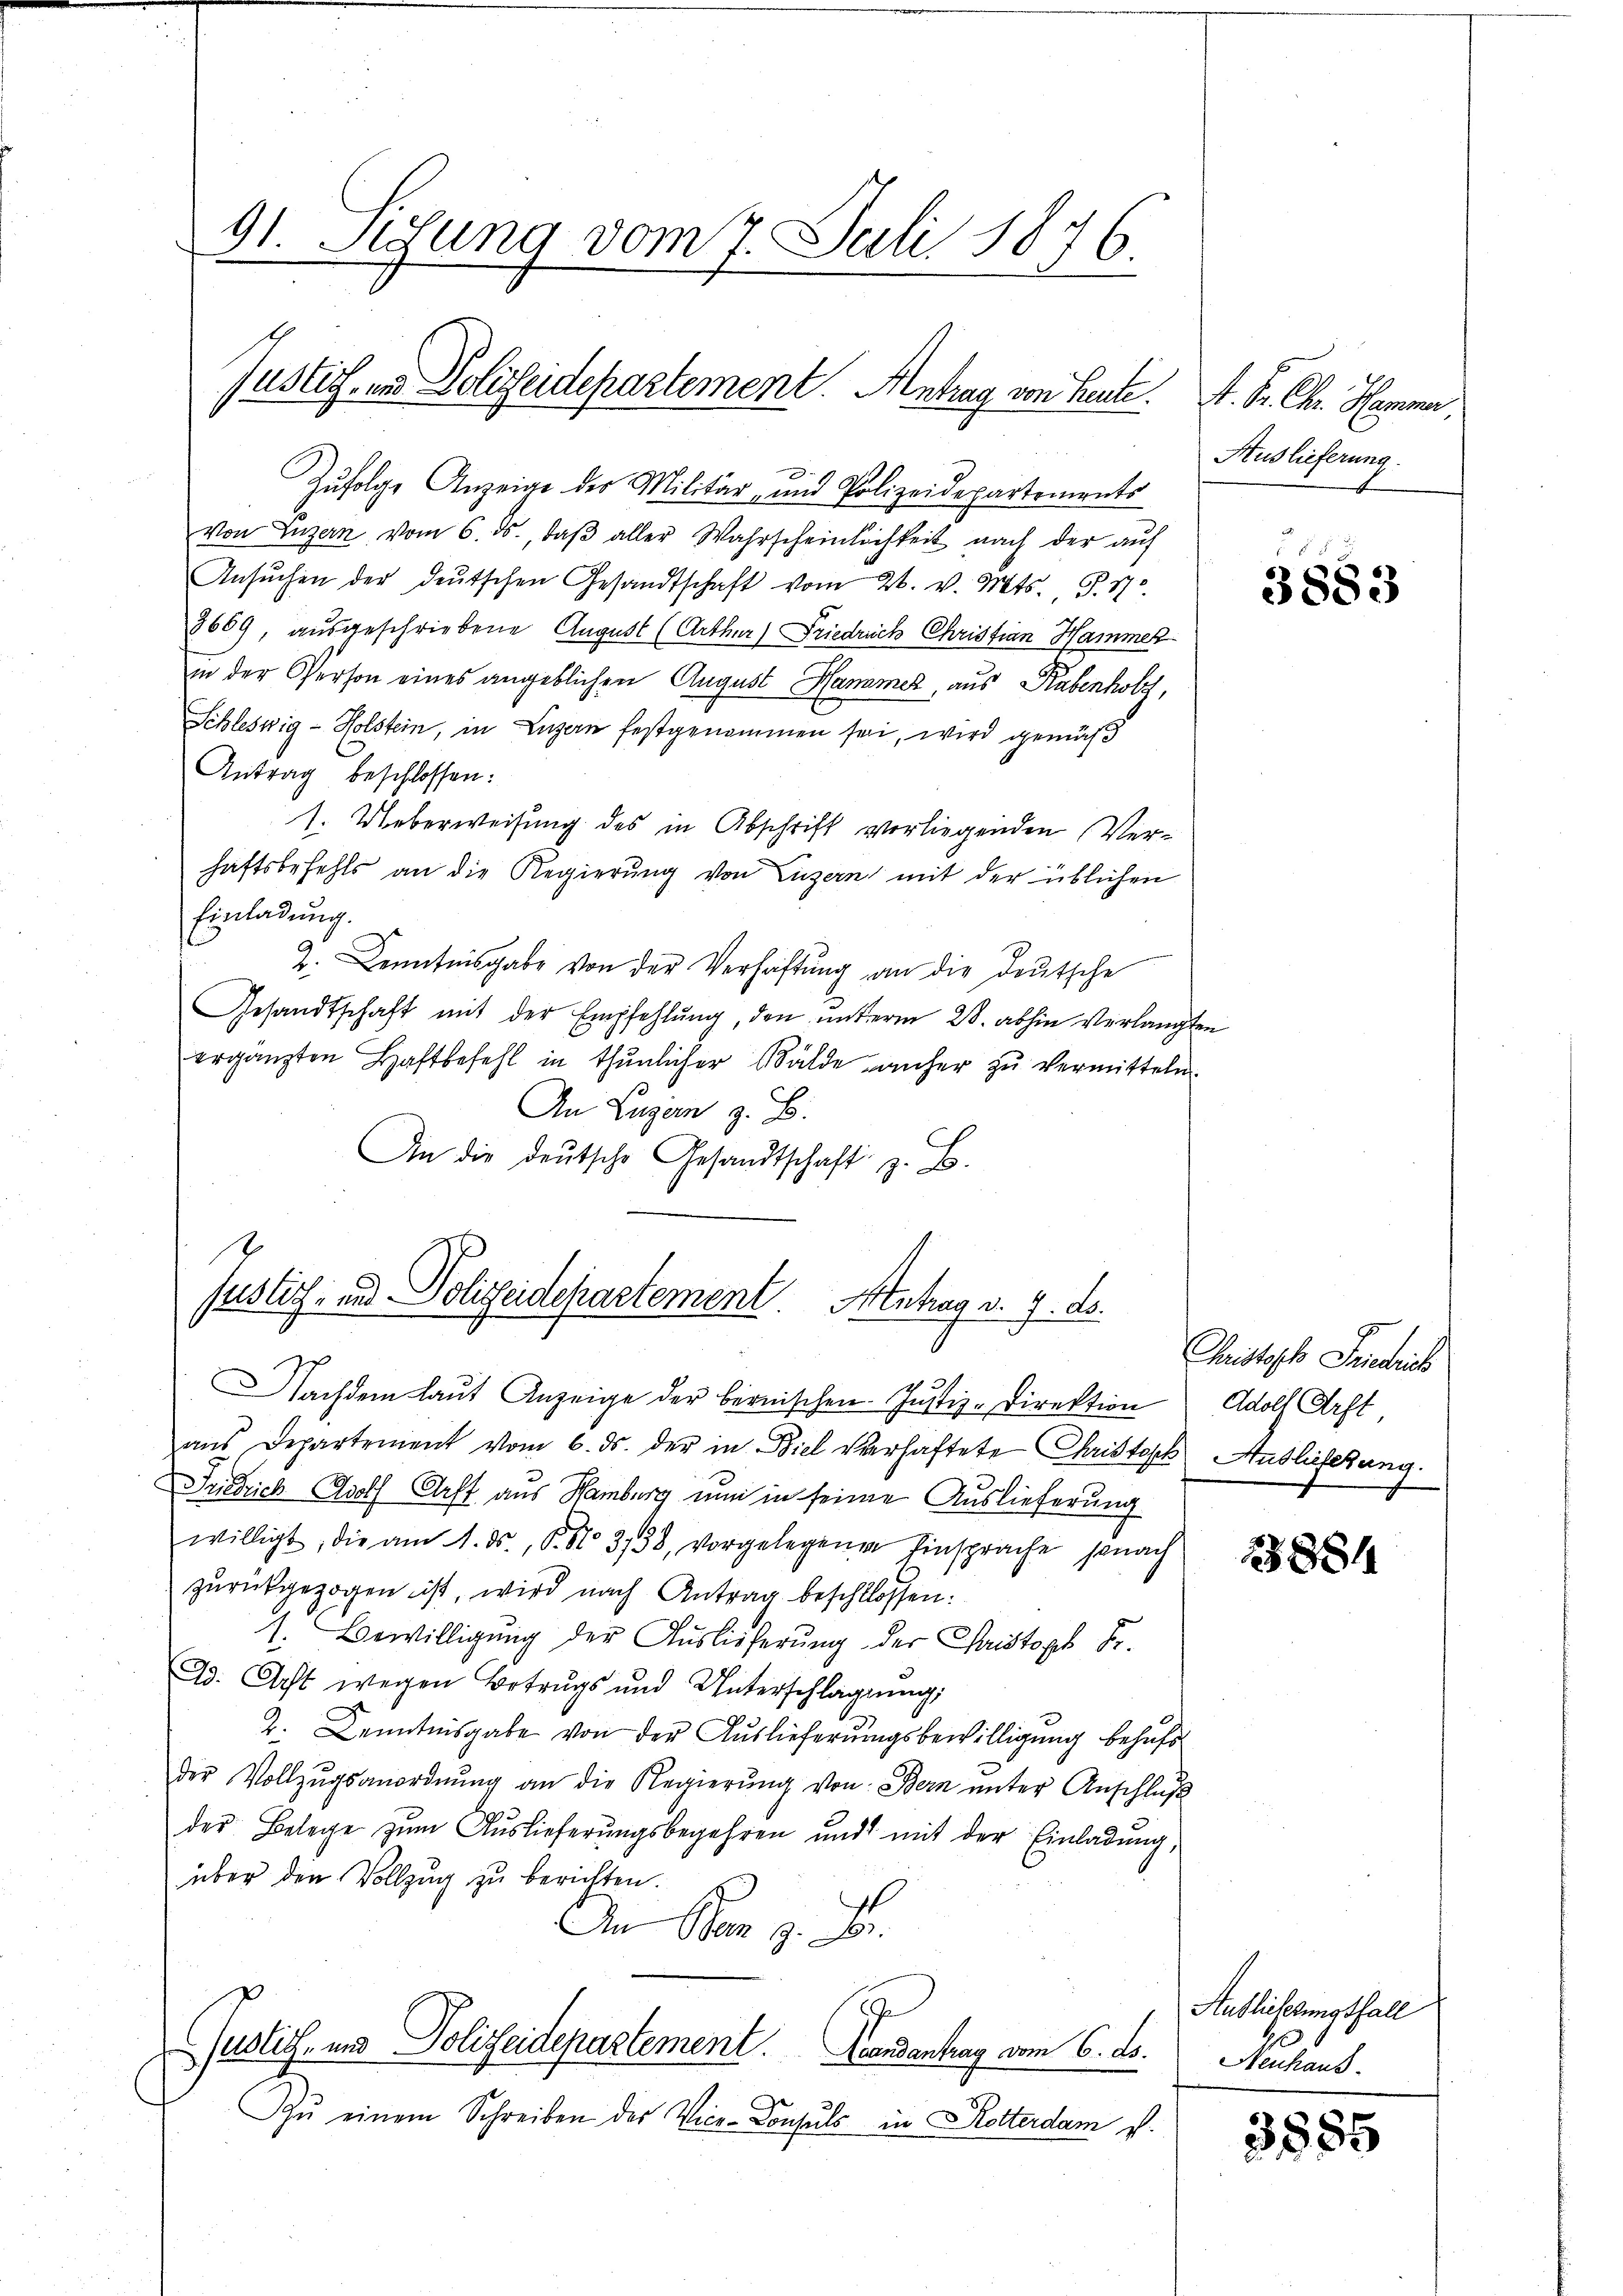
91. Sedung vom 7. Juli 1876.

Justiz- und Polizeidepartement. Antrag von Heute.

Zufolge Anzeige der Militär- und Polizeidepartements
von Luzern vom 6. ds., daβ aller Wahrscheinlichkeit nach der auf
Ansŭchen der deŭtschen Gesandtschaft vom 26. v. Mts. S. 17.
3669, ausgeschriebene August (Arthur) Friedrich Christian Hammer
in der Person eines angeblichen August Hammer, aus Rabenholz,
Schleswig-Holstein, in Luzern festgenommen sei, wird gemäß
Antrag beschlossen:
1. Ueberweisung des in Abschrift vorliegenden Verhaftsbefehls an die Regierŭng von Luzern mit der üblichen
Einladung.
2. Denntnisgabe von der Verhaftung an die deutsche
Gesandtschaft mit der Empfehlŭng, den ŭnterm 28. abhin verlangten
ergänzten Haftbefehl in thunlicher Bälde anher zu vermitteln.
An Luzern z. B.
An die deutsche Gesandtschaft z. B.

Justich- und Polizeidepartement. Antrag v. 9. ds.

Nachdem laŭt Anzeige der bernischen Jŭstiz-Direktion Adolf Arft
ans Departement vom 6. ds. der in Biel verhaftete Christoph Auslieferung.
Friedrich Adolf Arff aus Hamburg nun in seine Auslieferung
willigt, die am 1. ds., P. No 338, vorgelegenen Einsprache sonach
zurückgezogen ist, wird nach Antrag beschlossen:
Bewilligung der Auslieferung der Chaistoph Fr.
Dd. Acht wegen Betrugs und Unterschlagung,
2. Kenntnisgabe von der Auslieferungsbewilligung behufs
der Vollzŭgsanordnŭng an die Regierŭng von Bern ŭnter Anschlŭβ
der Belege zum Auslieferungsbegehren und mit der Einladung,
über den Vollzug zu berichten.
An Man z. B.
Juslich- und Polizeidepartement. Landantrag vom 6. ds.
Zŭ einem Schreiben der Vice-Consuls in Rotterdam u.

A. S. Chr. Hemma
Auslieferung.

3883

Christoph Friedrich

881

Auslieferungsfall
Neuhaus

3885